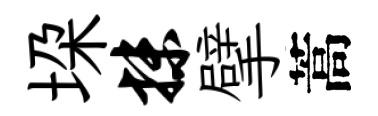
垜抹擘蒿